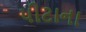
પીટાના